Vaccination in the Punjab 1905-1918 - 1905-1918
Year: 1905
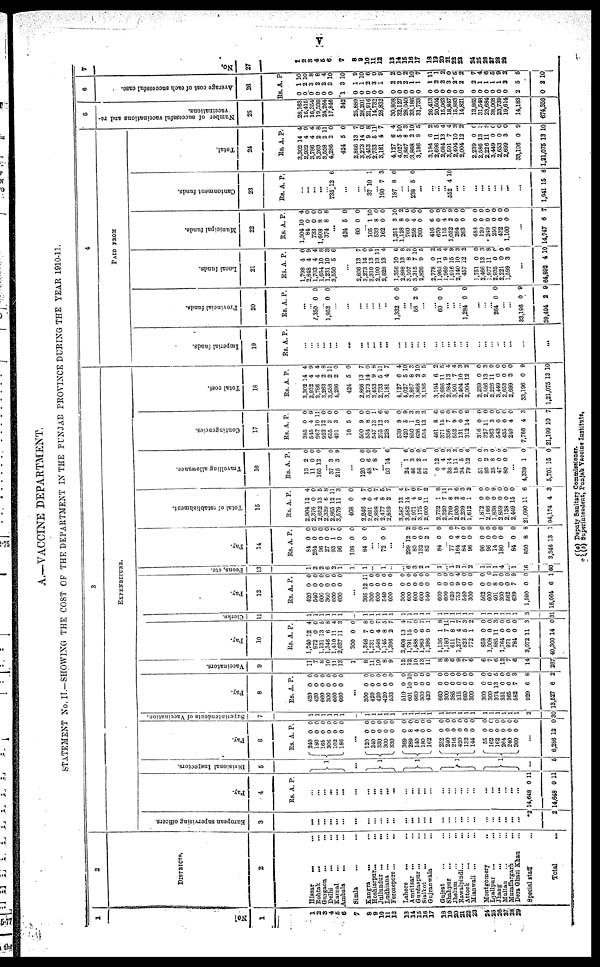
v
A.—VACCINE DEPARTMENT.
STATEMENT No. II.—SHOWING THE COST OF THE DEPARTMENT IN THE PUNJAB PROVINCE DURING THE YEAR 1910-11.
1
No.
1
1
2
3 4
5
6
7
8
9
10
11
12
13
14
15
16
17
18
19
20
21
22
23
24
25
26
27
28
29
2
DISTRICTS.
2
Hissar ... ...
Rohtak... ...
Gurgaon ... ...
Delhi ... ...
Karnal ... ...
Ambala
... ...
Simla ... ...
Kangra ... ...
Hoshiarpur... ...
Jullundur ...
...
Ludhiana ...
...
Ferozepore... ...
Lahore... ...
Amritsar ... ...
Gurdaspur... ...
Sialkot ... ...
Gujranwala ... ...
Gujrat ... ...
Shahpur ... ...
Jhelum ... ...
Rawalpindi... ...
Attock
... ...
Mianwali ... ...
Montgomery ... ...
Lyallpur ... ...
Jhang ... ...
Multan ... ...
Muzaffargarh ... ...
Dera Ghazi Khan ...
Special staff ...
Total ...
3
EXPENDITURE.
European supervising officers.
3
...
...
...
...
...
...
...
...
...
...
...
...
...
...
...
...
...
...
...
...
...
...
...
...
...
...
...
...
...
*2
2
Pay.
4
Rs. A. P.
...
...
... ...
...
...
...
...
...
...
...
...
...
...
...
...
...
...
... ...
...
...
...
...
...
...
...
...
14,648
14,648
0
0
11
11
Divisional Inspectors.
5
1
...
1
1
1
...
5
Pay.
6
Rs.
240
180
165
306
102
186
A.
0
0
0
0
0
0
P.
0
0
0
0
0
0
...
120
210
330
300
330
369
289
140
180
162
252
240
216
420
132
144
55
162
162
264
240
360
0
0
0
0
0
0
8
4
0
0
0
0
0
0
0
0
0
0
0
0
0
0
0
0
0
0 0
0
0
0
0 0
0
0
0
0
0
0
0
0
0
0
0
0
...
6,286 12 0
Superintendents of Vaccination.
7
1
1
1
1
1
1
...
1
1
1
1
1
1
1
1
1
1
1
1
1
1
1
1
1
1
1
1
1
1
2
30
Pay.
8
Rs.
420
420
660
300
660
660
A.
0
0
0
0
0
0
P.
0
0
0
0
0
0
...
300
420
420
420
533
510
601
660
300
420
660
300
385
315
660
300
300
300
374
351
365
682
929
3,527
0
0
0
0
0
0
10
0
0
0
0
0
0
0
0
0
0
0
13
0
0
7
6
6
0
0
0
0
0
0
10
0
0
0
0
0
0
0
0
0
0
0
5
0
0
3
8
2
Vaccinators.
9
11
7
8
10
11
13
1
8
11
10
8
9
12
12
10
13
11
8
8
6
9
7
6
6
7
6
12
7
6
14
267
Pay.
10
Rs.
1,740
972
1,131
1,346
1,410
2,037
300
1,346
1,731
1,548
1,145
1,396
2,408
1,791
1,488
1,963
1,396
1,136
1,180
611
1,277
823
772
859
1,008
885
1,764
971
784
3,072
40,300
A.
12
0
13
6
11
11
0
7
0
4
8
2
13
15
0
6
9
1
7
8
4
5
1
0
0
11
0
0
0
11
14
P.
4
0
5
8
4
3
0
8
0
7
5
7
4
7
0 7
1
8
11
1
7
3
2
0
0
3
0
0
0
3
0
Clerks.
11
1
1
1
1
1
1
...
1
1
1
1
1
1
1
1
1
1
1
1
1
1
1
1
1
1
1
1
1
1
3
31
Pay.
12
Rs.
420
540
600
360
600
600
A
0
0
0
0 0
0
...
395
300
600
540
600
300
600
600
600
540
600
600
420
753
540
300
562
600
401
300
562
639
1,590
16,064
12
0
0
0
0
0
0
0
0
0
0
0
0
9
0
0
0
0
8
0
0
7
0
6
P.
0
0
0
0 0
0
11
0
0
0
0
0
0
0
0
0
0
0
0
4
0
0
0
0
1
0
0
9
0
1
Peons, etc.
13
1
2
2
6
2 1
1
1
...
... 1
...
...
6
3
2 1
1
...
1
2
1
2
1
1
1
4
...
1
16
60
Pay.
14
Rs.
84
264
96
27
93
96
108
84
A.
0
0 0
0 1
0
0
0
P.
0
0
0
0 7
0
0
0
...
... 72 0 0
...
...
299
83
132
82
84
12
0
0
2
0
2
0
0
l
0
... 77
164
84
96
96
96
14
180
0
4
0
0
0
0
0
0
0 7
0
0
0
0
0
0
... 84
850
3,346
0
8
13
0
8
1
Total of establishment.
15
Rs.
2,904
2,376
2,652
2,339
2,865
3,579
408
2,246
2,691
2,898
2,477
2,859
3,587
3,582
2,971
3,175
2,600
2,732
2,320
1,709
2,930
2,239
1,612
1,872
2,166
1,838
2,859
2,138
2,449
21,090
94,174
A.
12
0
13
6
12
11
0
4
0
4
8
2
13
14
4
6
11
1
7
8
2
5
1
0
0
0
0
0
15
11
4
P.
4
0
5
8
11
3
0
7
0
7
5
4
4
7
0 7
2
8
11 1
6 3
2
0
0
9
0
0 0
6
3
Travelling allowance.
16
Rs.
13
11
165
A.
2
0
12
P.
0
0
0
... 37
215
3
3
0
9
...
120
48
7
0
6
8
0
0
0
...
93 14 6
...
24
46
56
51
0
4
38
18
34
79
51
93
25
47
80
1
3
2
1
12
4
14
11
5
12
0
2
8
0
0
6
0
0
0
0
0
3
3
0
6
0
3
0
0
0
...
4,339
5,701
1
15
0
0
Contingencies.
17
Rs.
385
545
967
923
655
491
16
500
534
547
255
228
539
420
850
636
534
461
371
336
552
131
312
316
327
363
543
435
249
7,766
21,199
A.
0
4
10
12
3
3
5
9
8
13
13
3
9
5
1
10
13
8
15
7
9
0
14
0
11
3
0
0
4
4
10
P.
0
9
11
0 0
0
0
0
0
1
6
6
0
9
3
3
3
6
6
0
7
0
6
0
0
0
0
0
0
3
7
Total cost.
18
Rs.
3,302
2,932
3,786
3,263
3,558
4,286
424
2,866
3,273
3,453
2,733
3,181
4,127
4,027
3,867
3,868
3,186
3,194
2,696
2,084
3,501
2,404
2,004
2,239
2,586
2,226
3,449
2,653
2,699
33,196
1,21,075
A.
14
4
4
2
2
2
5
13
14
9
5
4
6
5
8
2
9
6
11
13
7
10
12
0
13
11
0
0
3
0
13
P.
4
9
4
8
11
0
0
7
0
8
11
7
4
10
3
10
5
2
5
4
4
3
2
0
3
9
0
0
0
9
10
4
PAID FROM
Imperial funds.
19
Rs. A. P.
...
...
... ...
...
...
...
...
... ...
... ...
...
...
...
... ...
...
...
...
...
...
...
...
...
...
...
...
...
...
...
Provincial funds.
20
Rs. A. P.
...
...
1,350 0 0
... 1,952 0 0
...
...
...
...
...
...
...
1,332 0 0
...
...
56 2 0
...
...
60 0 0
...
...
... 1,284 0 0
...
... ...
264 0 0
...
...
33,196
39,494
0
2
9
9
Local funds.
21
Rs.
1,798
2,848
1,703
1,654
1,231
3,550
A.
4
4
4
10
10
5
P.
0
9
4
8
3
6
...
2,806
3,273
3,310
2,199
2,828
1,356
2,898
3,107
3,315
2,826
2,778
1,965
1,969
1,916
2,140
457
1,751
2,466
1,977
2,935
2,221
1,599
13
14
13
13
13
10
13
8
7
9
0
11
9
15
10
12
0
13
11
0
0
3
7
0
9
11
4
6
8
3
10
5
2
5
4
9
3
2
0
3
9
0
0
0
...
64,892 4
10
Municipal funds.
22
Rs.
1,504
84
733
1,608
374
A.
10
0
0
8
8
P.
4
0
0
0
8
...
424
60
5
0
0
0
...
105
533
162
1,251
1,128
760
258
360
416
670
115
1,032
264
263
488
120
249
250
432
1,100
1
8
0
3
8
0
4
0
6
0
4
2
0
0
0
0
0
0
0
0
10
0
0
10
2
0
0
0
0
0
0
9
0
0
0
0
0
0
0
0
...
14,747 6 7
Cantonment funds.
23
Rs. A. P.
...
...
...
...
... 735 12 6
...
...
...
37 10 1
... 190
187
7
8
3
0
...
...
238 5 0
...
...
...
552 4 10
...
...
...
...
...
...
...
...
1,941 15 8
Total.
24
Rs.
3,302
2,932
3,786
3,263
3,558
4,286
424
2,866
3,273
3,453
2,733
3,181
4,127
4,027
3,867
3,868
3,186
3,194
2,696
2,084
3,501
2,404
2,004
2,239
2,586
2,226
3,449
2,653
2,699
33,196
1,21,075
A.
14
4
4
2
2
2
5
13
14
9
5
4
6
5
8 2
9
6
11
13
7
10
12
0
13
11
0
0
3
0
13
P.
4
9
4
8
11
0
0
7
0
8
11
7
4
10
3
10
5
2
5
4
4
3
2 0
3
9
0
0
0
9
10
5
Number of successful vaccinations and re¬
vaccinations.
25
28,163
16,415
16,354
19,336
24,264
17,846
342
25,889
28,201
21,916
14,732
28,832
30,808
32,127
28,040
33,186
31,733
26,413
20,504
15,063
18,847
15,883
14,821
13,865
31,548
23,684
38,008
23,739
19,614
14,183
674,356
6
Average cost of each successful case.
26
RS.
0
0
0
0
0
0
1
0
0
0
0
0
0
0
0
0
0
0
0
0
0
0
0
0
0
0
0
0
0
2
0
A.
1
2
3
2
2
3
3
1
1
2
3
1
2
2
2
1
1
1
2
2
3
2
2
2
1
1
1
1
2
5
2
P
10
10
8
8
4
10
10
9
10
6
0
9
2
0
2
10
7
11
1
2
0
5
2
7
4
6
5
9
2
5
10
7
No.
27
1
2
3
4
5
6
7
8
9
10
11
12
13
14
15
16
17
18
19
20
21
22
23
24
25
26
27
28
29
( a) Deputy Sanitary Commissioner.
(b) Superintendent, Punjab Vaccine Institute.